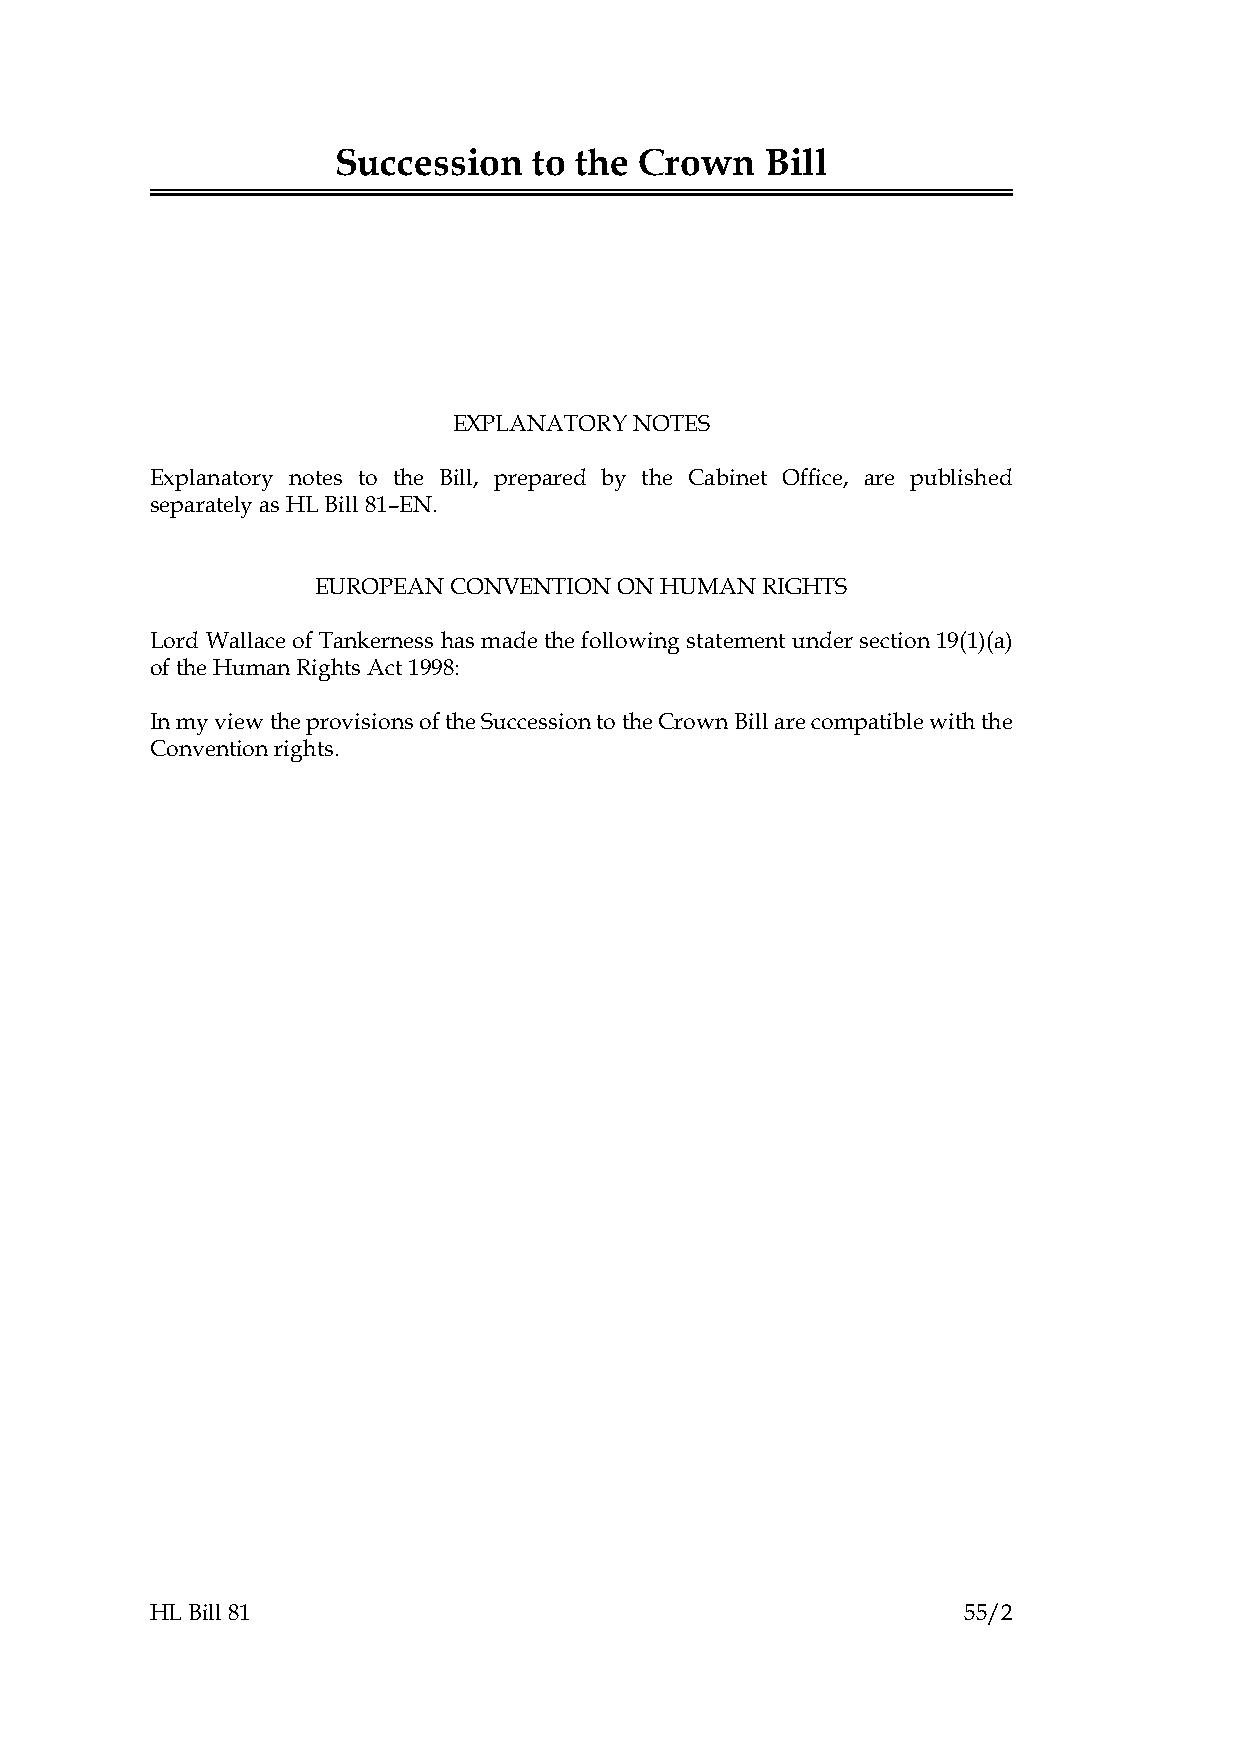
Succession   to the Crown    Bill
 EXPLANATORY NOTES
 Explanatory notes to the Bill, prepared by the Cabinet Office, are published
 separately as HL Bill 81–EN.
 EUROPEAN CONVENTION ON HUMAN RIGHTS
 Lord Wallace of Tankerness has made the following statement under section 19(1)(a)
 of the Human Rights Act 1998:
 In my view the provisions of the Succession to the Crown Bill are compatible with the
 Convention rights.
 HL Bill 81                                            55/2